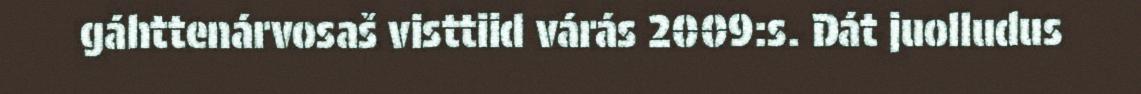
gáhttenárvosaš visttiid várás 2009:s. Dát juolludus